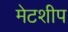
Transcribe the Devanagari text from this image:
मेटशीप